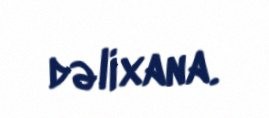
dəlixana.